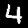
Label: 4